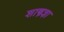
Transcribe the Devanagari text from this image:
शास्त्रज्ञा